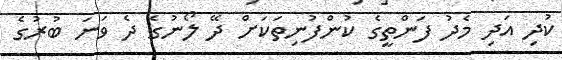
ކުދި އަދި މެދު ފަންތީގެ ކުންފުނިތަކަށް ދޭ ލޯނުގެ ދެ ވަނަ ބުރުގެ